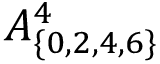
A _ { \{ 0 , 2 , 4 , 6 \} } ^ { 4 }